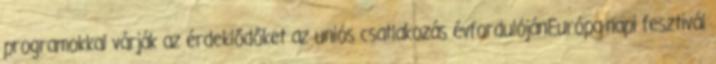
programokkal várják az érdeklődőket az uniós csatlakozás évfordulójánEurópa-napi fesztivál